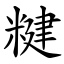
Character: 䊕